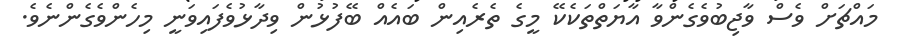
މައްޗަށް ވެސް ވާޖިބުވެގެންވާ އާޔަތްތަކެކޭ މީގެ ތެރެއިން ބައެއް ބޭފުޅުން ވިދާޅުވެފައިވަނީ މިހެންވެގެންނެވެ.